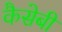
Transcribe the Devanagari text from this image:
कैसेबी